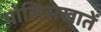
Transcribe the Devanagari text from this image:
पोलिसखातें